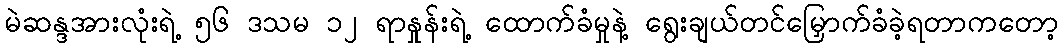
မဲဆန္ဒအားလုံးရဲ့ ၅၆ ဒသမ ၁၂ ရာနှုန်းရဲ့ ထောက်ခံမှုနဲ့ ရွေးချယ်တင်မြှောက်ခံခဲ့ရတာကတော့